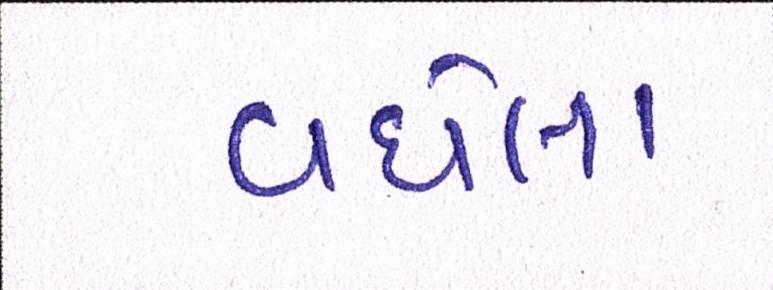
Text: વધેલા